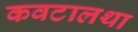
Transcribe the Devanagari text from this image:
कवटालथा